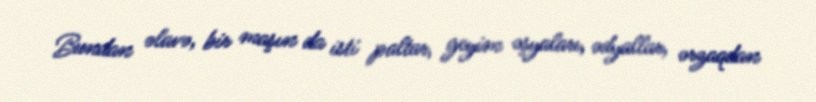
Bundan əlavə, bir maşın da isti paltar, geyim əşyaları, ədyallar, ərzaqdan